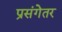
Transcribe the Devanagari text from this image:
प्रसंगेतर